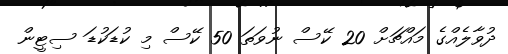
ދުވާލެއްގެ މައްޗަށް 20 ކޭސް ނުވަތަ 50 ކޭސް މި ކުޑަކުޑަ ސިޓީން